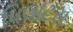
પિલાટસ